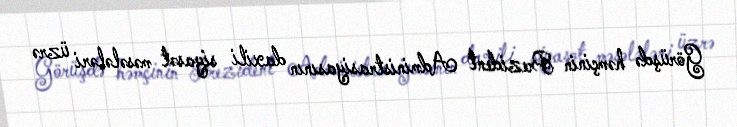
Görüşdə həmçinin Prezident Administrasiyasının daxili siyasət məsələləri üzrə